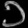
Digit: ၁